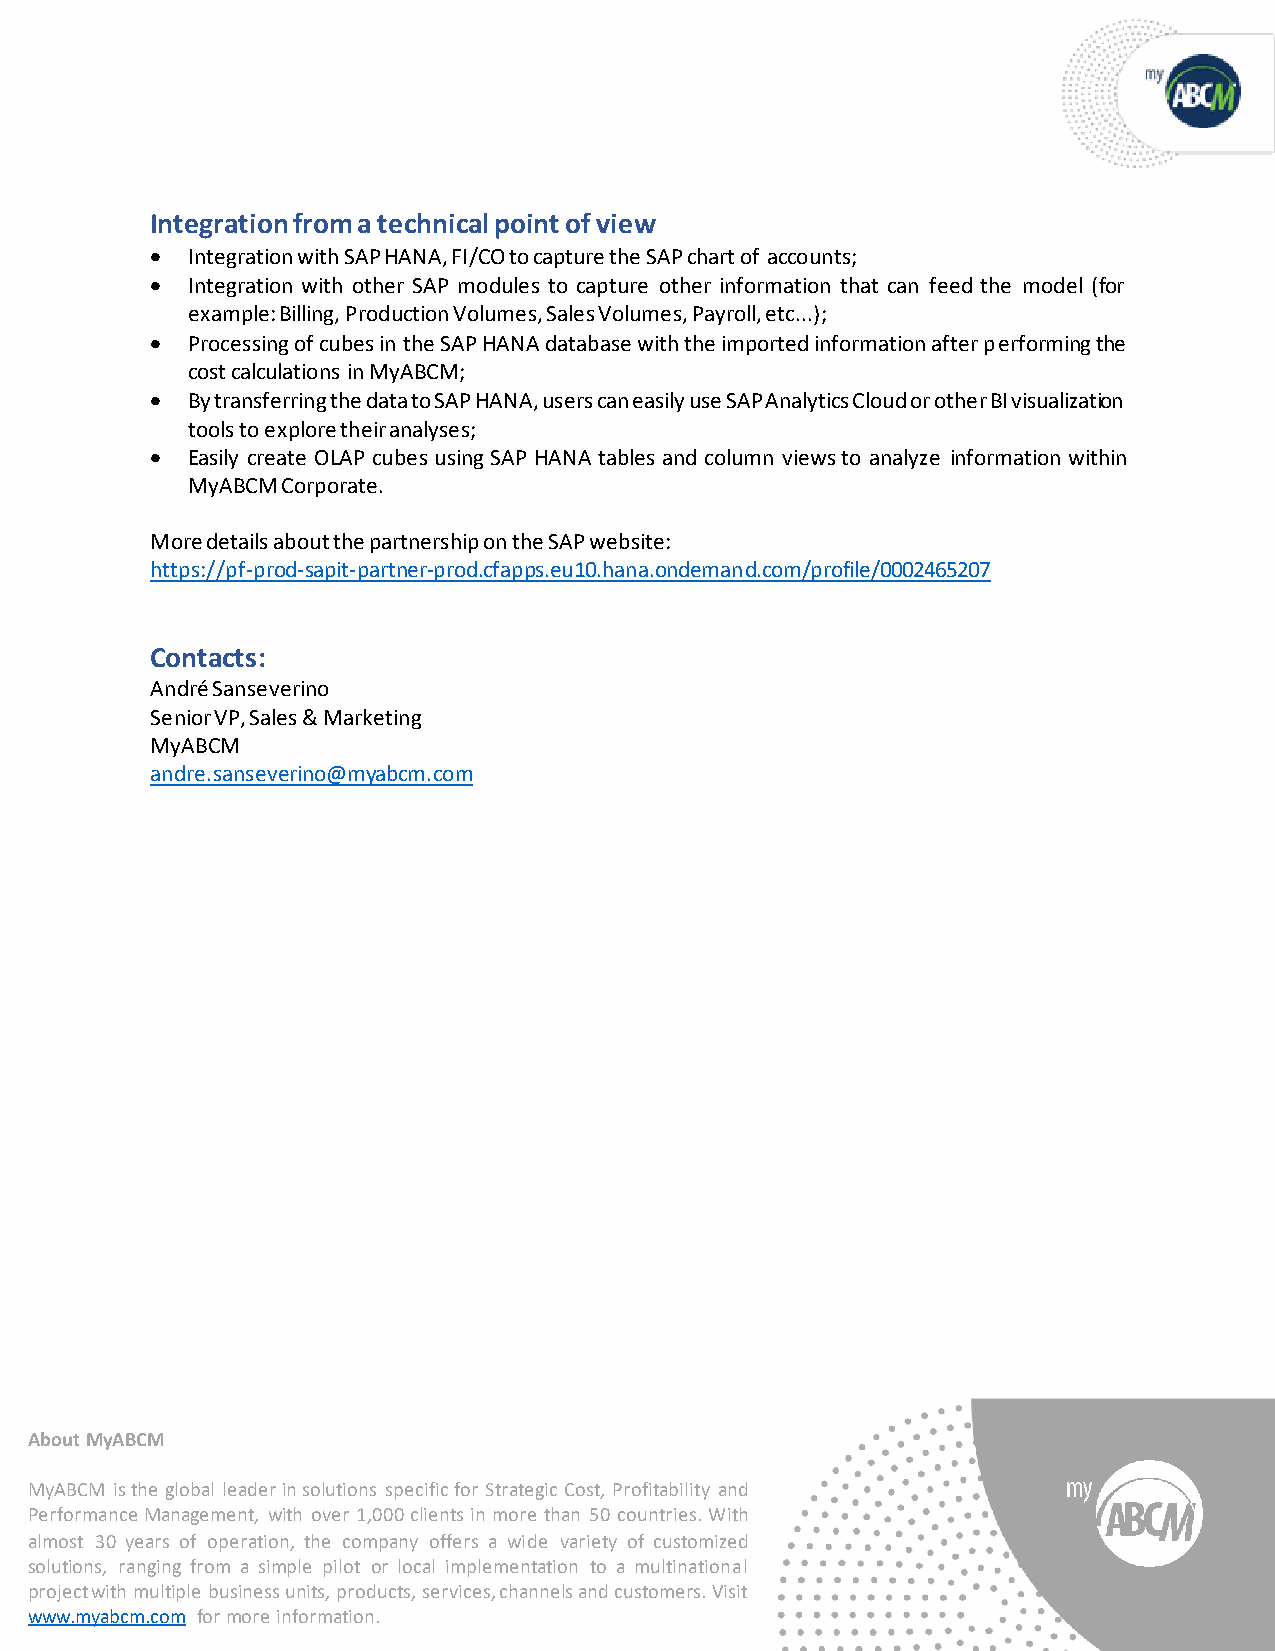
Integration from a technical point of view
 • Integration with SAP HANA, FI/CO to capture the SAP chart of accounts;
 • Integration with other SAP modules to capture other information that can feed the model (for
 example: Billing, Production Volumes, Sales Volumes, Payroll, etc...);
 • Processing of cubes in the SAP HANA database with the imported information after performing the
 cost calculations in MyABCM;
 • By transferring the data to SAP HANA, users can easily use SAP Analytics Cloud or other BI visualization
 tools to explore their analyses;
 • Easily create OLAP cubes using SAP HANA tables and column views to analyze information within
 MyABCM Corporate.
 More details about the partnership on the SAP website:
 https://pf-prod-sapit-partner-prod.cfapps.eu10.hana.ondemand.com/profile/0002465207
 Contacts:
 André Sanseverino
 Senior VP, Sales & Marketing
 MyABCM
 andre.sanseverino@myabcm.com
 About MyABCM
 MyABCM is the global leader in solutions specific for Strategic Cost, Profitability and
 Performance Management, with over 1,000 clients in more than 50 countries. With
 almost 30 years of operation, the company offers a wide variety of customized
 solutions, ranging from a simple pilot or local implementation to a multinational
 project with multiple business units, products, services, channels and customers. Visit
 www.myabcm.com for more information.